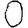
Digit: 0